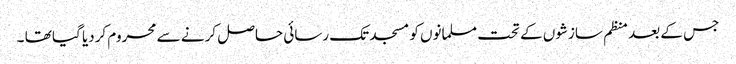
جس کے بعد منظم سازشوں کے تحت مسلمانوں کو مسجد تک رسائی حاصل کرنے سے محروم کردیا گیا تھا ۔